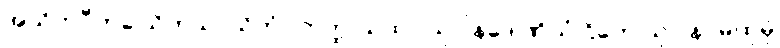
အသိတပီတခါယိတသာယိတံ။ တတ္ထ ယထာ သုဝါနဒေါဏိယံ ဌိတေ သုဝါနဝမထုမှိ